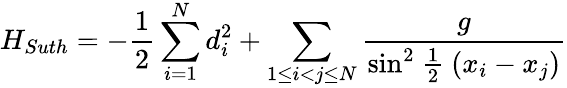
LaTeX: H_{Suth}=-\frac{1}{2}\sum_{i=1}^{N}d_{i}^{2}+\sum_{1\leq i<j\leq N}\frac{g}{{\sin}^{2}\mathrm{~\frac{1}{2}~}(x_{i}-x_{j})}